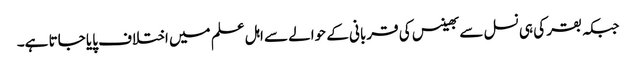
جبکہ بقر کی ہی نسل سے بھینس کی قربانی کے حوالے سے اہل علم میں اختلاف پایا جاتا ہے۔